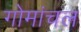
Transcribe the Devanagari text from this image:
गोमांचल